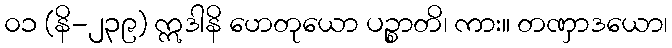
၀၁ (နိ-၂၃၉) ဣဒါနိ ဟေတုယော ပဉ္စာတိ၊ ကား။ တဏှာဒယော၊